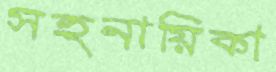
সহনায়িকা